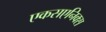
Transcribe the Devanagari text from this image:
एकसएनिक्स